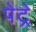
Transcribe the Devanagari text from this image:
पेट्रे